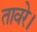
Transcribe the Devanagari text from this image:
तावरे।